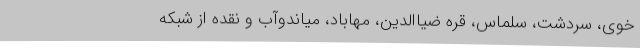
خوی، سردشت، سلماس، قره ضیاالدین، مهاباد، میاندوآب و نقده از شبکه